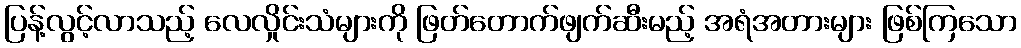
ပြန့်လွင့်လာသည့် လေလှိုင်းသံများကို ဖြတ်တောက်ဖျက်ဆီးမည့် အရံအတားများ ဖြစ်ကြသော